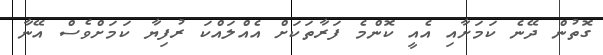
ގޮތުން ދޭނެ ކަމަށާއި އެއީ ކޮންމެ ފަރާތަކަށް އެއްލައްކަ ރުފިޔާ ކަމަށްވެސް އޭނާ